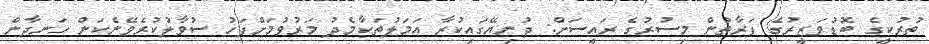
ތުރުކީގެ ބޮޑުވަޒީރުގެ ފަރާތުން މިސުރުގެ ރައީސަށް: ދުނިޔޭގައިކުރާ އަމަލުތަކާމެދު މަރުވުމަށްފަހު ސުވާލުކުރެވޭނެކަން ހަނދާން